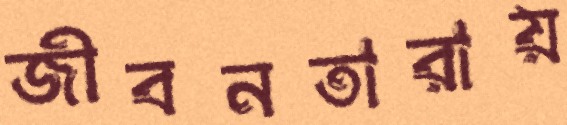
জীবনতারায়